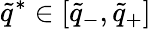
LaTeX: \tilde{q}^{*}\in[\tilde{q}_{-},\tilde{q}_{+}]